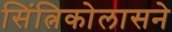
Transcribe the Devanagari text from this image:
सिंत्निकोलासने